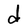
Character: d